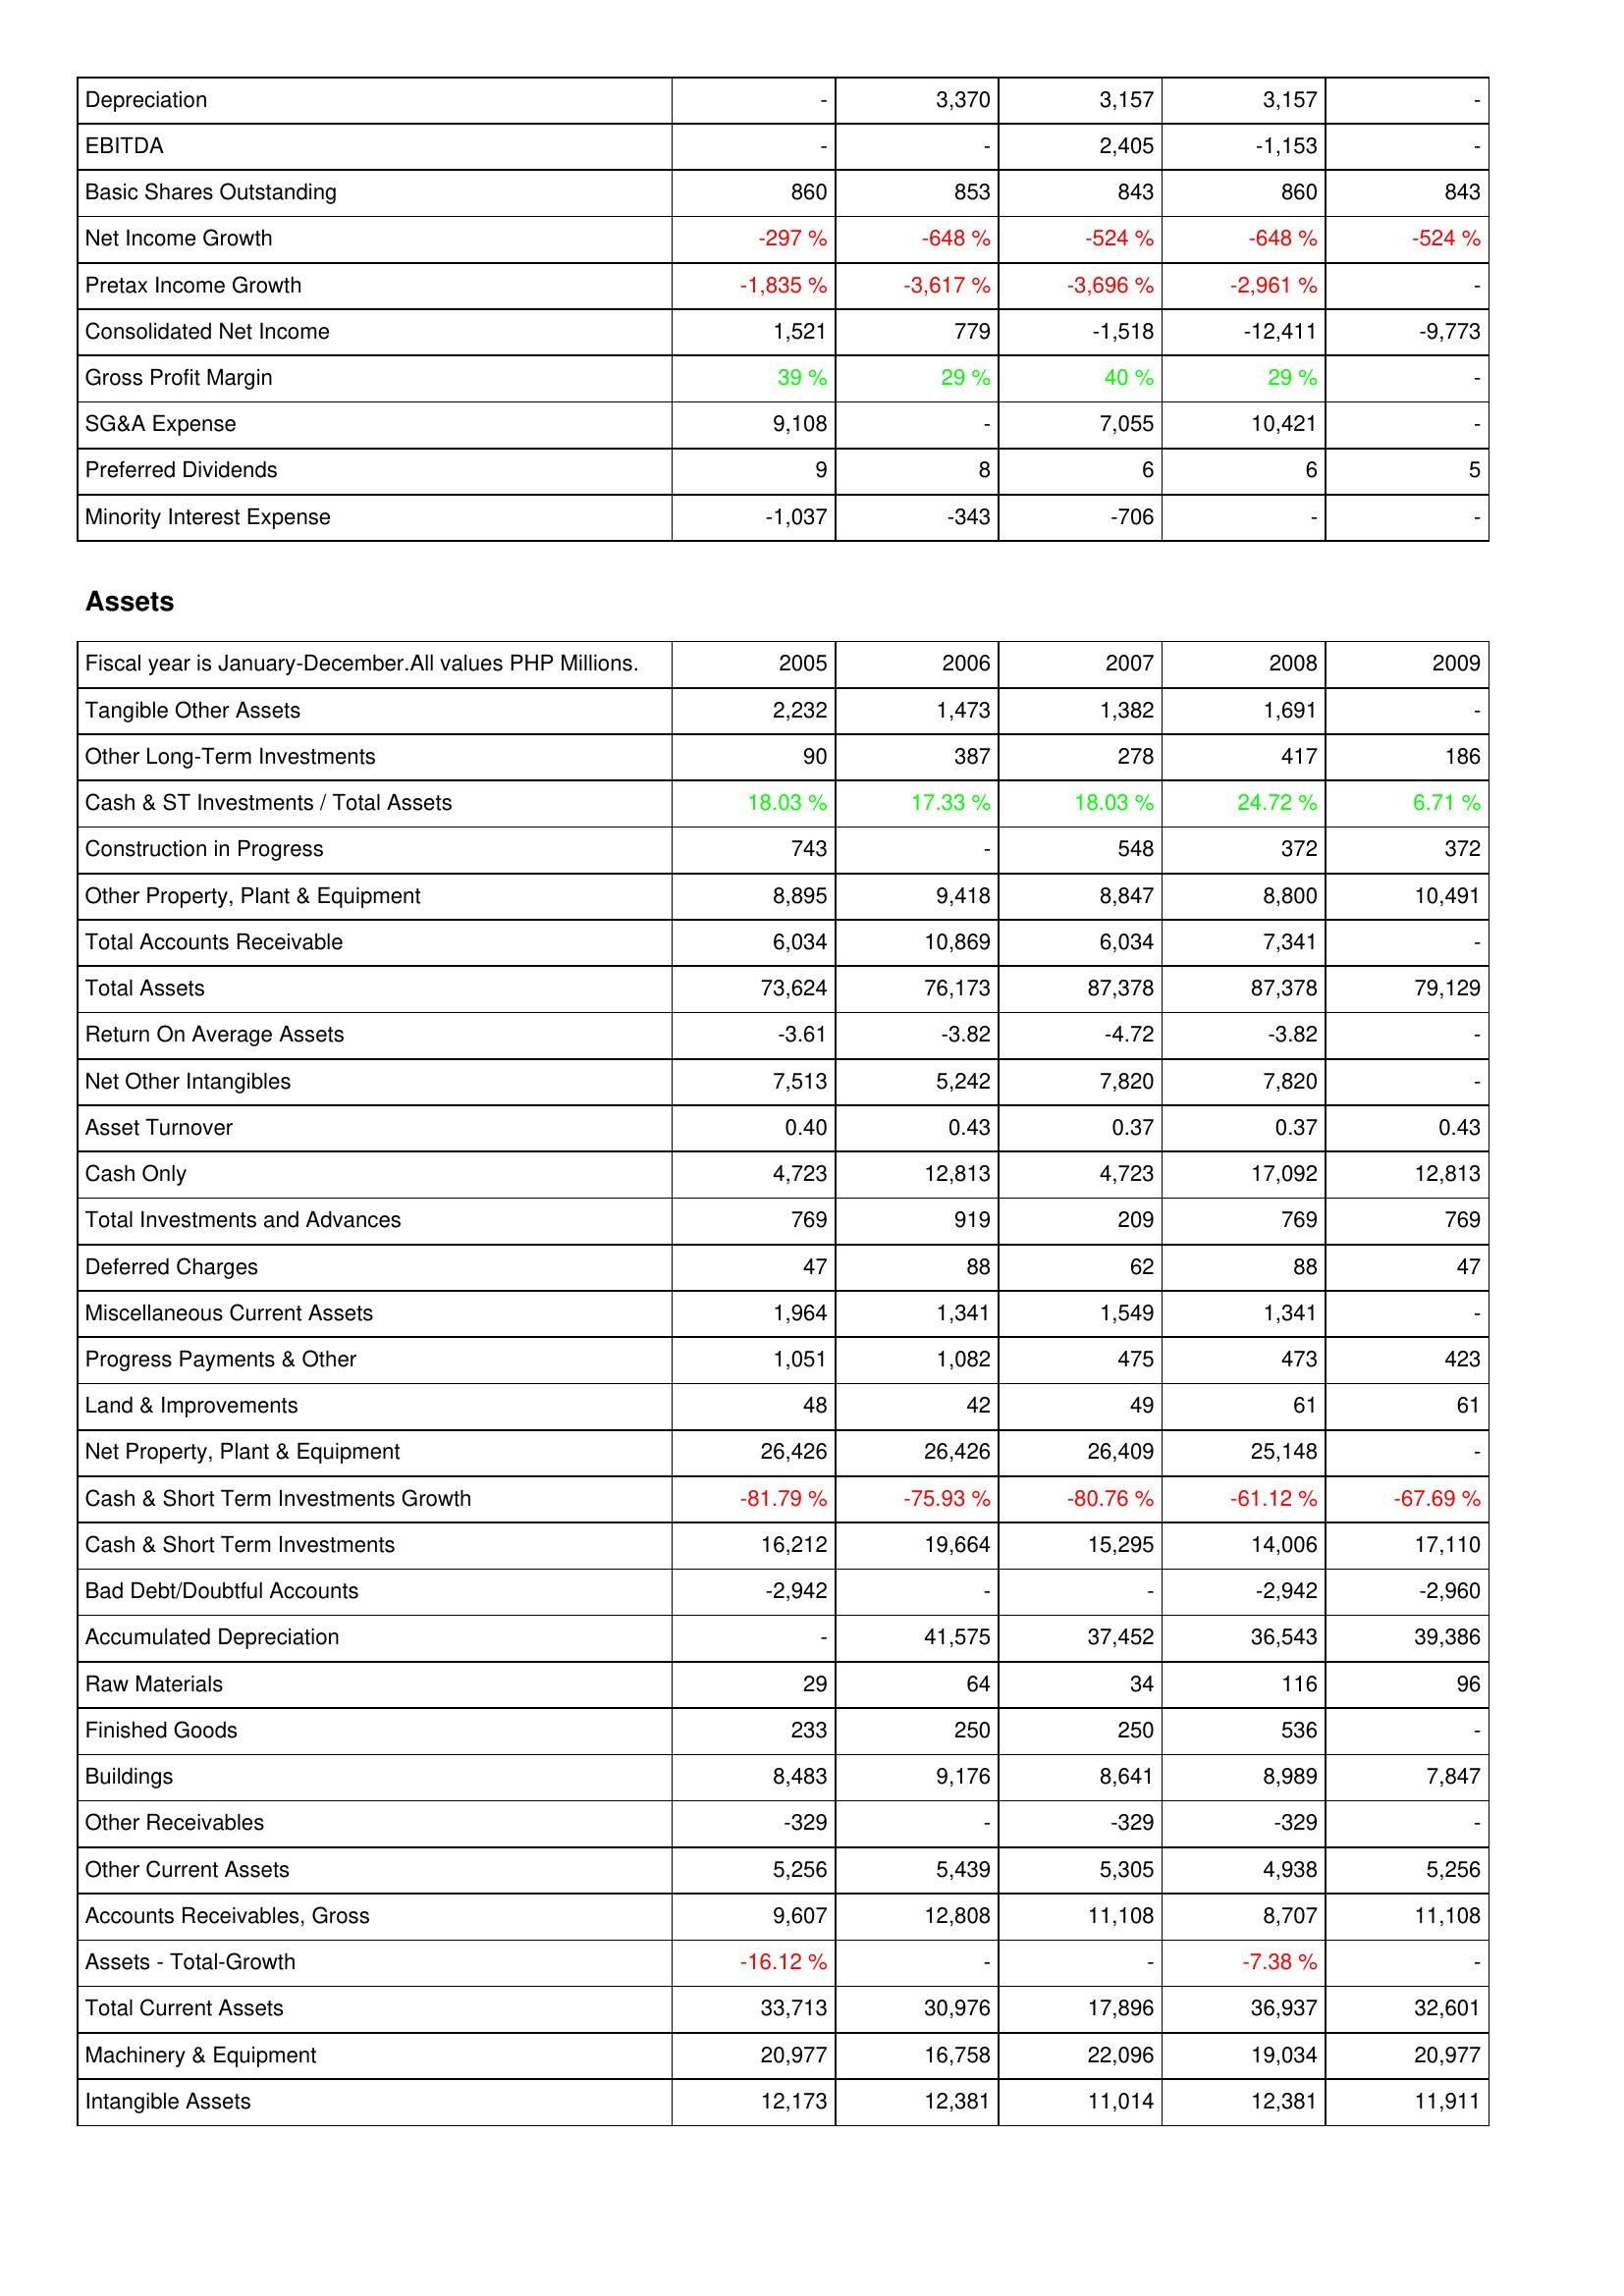
2005: Income Statement: Depreciation: -
EBITDA: -
Basic Shares Outstanding: 860
Net Income Growth: -297 %
Pretax Income Growth: -1,835 %
Consolidated Net Income: 1,521
Gross Profit Margin: 39 %
SG&A Expense: 9,108
Preferred Dividends: 9
Minority Interest Expense: -1,037
Assets: Tangible Other Assets: 2,232
Other Long-Term Investments: 90
Cash & ST Investments / Total Assets: 18.03 %
Construction in Progress: 743
Other Property, Plant & Equipment: 8,895
Total Accounts Receivable: 6,034
Total Assets: 73,624
Return On Average Assets: -3.61
Net Other Intangibles: 7,513
Asset Turnover: 0.40
Cash Only: 4,723
Total Investments and Advances: 769
Deferred Charges: 47
Miscellaneous Current Assets: 1,964
Progress Payments & Other: 1,051
Land & Improvements: 48
Net Property, Plant & Equipment: 26,426
Cash & Short Term Investments Growth: -81.79 %
Cash & Short Term Investments: 16,212
Bad Debt/Doubtful Accounts: -2,942
Accumulated Depreciation: -
Raw Materials: 29
Finished Goods: 233
Buildings: 8,483
Other Receivables: -329
Other Current Assets: 5,256
Accounts Receivables, Gross: 9,607
Assets - Total-Growth: -16.12 %
Total Current Assets: 33,713
Machinery & Equipment: 20,977
Intangible Assets: 12,173
2006: Income Statement: Depreciation: 3,370
EBITDA: -
Basic Shares Outstanding: 853
Net Income Growth: -648 %
Pretax Income Growth: -3,617 %
Consolidated Net Income: 779
Gross Profit Margin: 29 %
SG&A Expense: -
Preferred Dividends: 8
Minority Interest Expense: -343
Assets: Tangible Other Assets: 1,473
Other Long-Term Investments: 387
Cash & ST Investments / Total Assets: 17.33 %
Construction in Progress: -
Other Property, Plant & Equipment: 9,418
Total Accounts Receivable: 10,869
Total Assets: 76,173
Return On Average Assets: -3.82
Net Other Intangibles: 5,242
Asset Turnover: 0.43
Cash Only: 12,813
Total Investments and Advances: 919
Deferred Charges: 88
Miscellaneous Current Assets: 1,341
Progress Payments & Other: 1,082
Land & Improvements: 42
Net Property, Plant & Equipment: 26,426
Cash & Short Term Investments Growth: -75.93 %
Cash & Short Term Investments: 19,664
Bad Debt/Doubtful Accounts: -
Accumulated Depreciation: 41,575
Raw Materials: 64
Finished Goods: 250
Buildings: 9,176
Other Receivables: -
Other Current Assets: 5,439
Accounts Receivables, Gross: 12,808
Assets - Total-Growth: -
Total Current Assets: 30,976
Machinery & Equipment: 16,758
Intangible Assets: 12,381
2007: Income Statement: Depreciation: 3,157
EBITDA: 2,405
Basic Shares Outstanding: 843
Net Income Growth: -524 %
Pretax Income Growth: -3,696 %
Consolidated Net Income: -1,518
Gross Profit Margin: 40 %
SG&A Expense: 7,055
Preferred Dividends: 6
Minority Interest Expense: -706
Assets: Tangible Other Assets: 1,382
Other Long-Term Investments: 278
Cash & ST Investments / Total Assets: 18.03 %
Construction in Progress: 548
Other Property, Plant & Equipment: 8,847
Total Accounts Receivable: 6,034
Total Assets: 87,378
Return On Average Assets: -4.72
Net Other Intangibles: 7,820
Asset Turnover: 0.37
Cash Only: 4,723
Total Investments and Advances: 209
Deferred Charges: 62
Miscellaneous Current Assets: 1,549
Progress Payments & Other: 475
Land & Improvements: 49
Net Property, Plant & Equipment: 26,409
Cash & Short Term Investments Growth: -80.76 %
Cash & Short Term Investments: 15,295
Bad Debt/Doubtful Accounts: -
Accumulated Depreciation: 37,452
Raw Materials: 34
Finished Goods: 250
Buildings: 8,641
Other Receivables: -329
Other Current Assets: 5,305
Accounts Receivables, Gross: 11,108
Assets - Total-Growth: -
Total Current Assets: 17,896
Machinery & Equipment: 22,096
Intangible Assets: 11,014
2008: Income Statement: Depreciation: 3,157
EBITDA: -1,153
Basic Shares Outstanding: 860
Net Income Growth: -648 %
Pretax Income Growth: -2,961 %
Consolidated Net Income: -12,411
Gross Profit Margin: 29 %
SG&A Expense: 10,421
Preferred Dividends: 6
Minority Interest Expense: -
Assets: Tangible Other Assets: 1,691
Other Long-Term Investments: 417
Cash & ST Investments / Total Assets: 24.72 %
Construction in Progress: 372
Other Property, Plant & Equipment: 8,800
Total Accounts Receivable: 7,341
Total Assets: 87,378
Return On Average Assets: -3.82
Net Other Intangibles: 7,820
Asset Turnover: 0.37
Cash Only: 17,092
Total Investments and Advances: 769
Deferred Charges: 88
Miscellaneous Current Assets: 1,341
Progress Payments & Other: 473
Land & Improvements: 61
Net Property, Plant & Equipment: 25,148
Cash & Short Term Investments Growth: -61.12 %
Cash & Short Term Investments: 14,006
Bad Debt/Doubtful Accounts: -2,942
Accumulated Depreciation: 36,543
Raw Materials: 116
Finished Goods: 536
Buildings: 8,989
Other Receivables: -329
Other Current Assets: 4,938
Accounts Receivables, Gross: 8,707
Assets - Total-Growth: -7.38 %
Total Current Assets: 36,937
Machinery & Equipment: 19,034
Intangible Assets: 12,381
2009: Income Statement: Depreciation: -
EBITDA: -
Basic Shares Outstanding: 843
Net Income Growth: -524 %
Pretax Income Growth: -
Consolidated Net Income: -9,773
Gross Profit Margin: -
SG&A Expense: -
Preferred Dividends: 5
Minority Interest Expense: -
Assets: Tangible Other Assets: -
Other Long-Term Investments: 186
Cash & ST Investments / Total Assets: 6.71 %
Construction in Progress: 372
Other Property, Plant & Equipment: 10,491
Total Accounts Receivable: -
Total Assets: 79,129
Return On Average Assets: -
Net Other Intangibles: -
Asset Turnover: 0.43
Cash Only: 12,813
Total Investments and Advances: 769
Deferred Charges: 47
Miscellaneous Current Assets: -
Progress Payments & Other: 423
Land & Improvements: 61
Net Property, Plant & Equipment: -
Cash & Short Term Investments Growth: -67.69 %
Cash & Short Term Investments: 17,110
Bad Debt/Doubtful Accounts: -2,960
Accumulated Depreciation: 39,386
Raw Materials: 96
Finished Goods: -
Buildings: 7,847
Other Receivables: -
Other Current Assets: 5,256
Accounts Receivables, Gross: 11,108
Assets - Total-Growth: -
Total Current Assets: 32,601
Machinery & Equipment: 20,977
Intangible Assets: 11,911